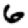
Digit: 6